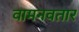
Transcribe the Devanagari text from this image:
वामनवतार